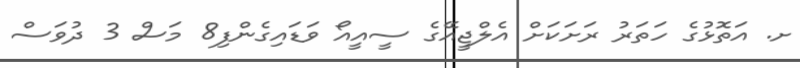
ށ. އަތޮޅުގެ ހަތަރު ރަށަކަށް އެލްޖީއޭގެ ސީއީއޯ ވަޑައިގެންފި8 މަސް 3 ދުވަސް